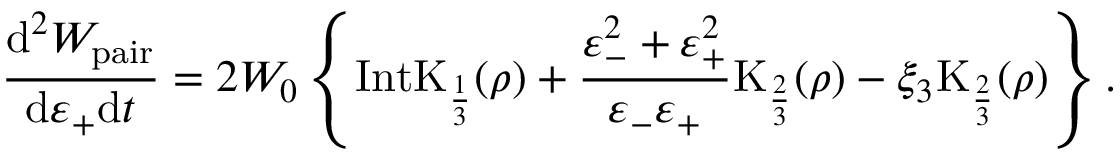
\frac { \mathrm { d } ^ { 2 } W _ { \mathrm { p a i r } } } { \mathrm { d } \varepsilon _ { + } \mathrm { d } t } = 2 W _ { 0 } \left\{ \mathrm { I n t K } _ { \frac { 1 } { 3 } } ( \rho ) + \frac { \varepsilon _ { - } ^ { 2 } + \varepsilon _ { + } ^ { 2 } } { \varepsilon _ { - } \varepsilon _ { + } } \mathrm { K } _ { \frac { 2 } { 3 } } ( \rho ) - \xi _ { 3 } \mathrm { K } _ { \frac { 2 } { 3 } } ( \rho ) \right\} .